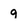
Character: 9